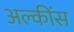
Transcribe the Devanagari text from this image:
अल्कींस